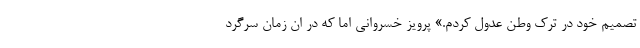
تصمیم خود در ترک وطن عدول کردم.» پرویز خسروانی اما که در ان زمان سرگرد